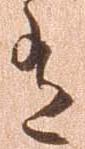
有